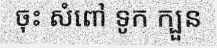
ចុះ សំពៅ ទូក ក្បួន